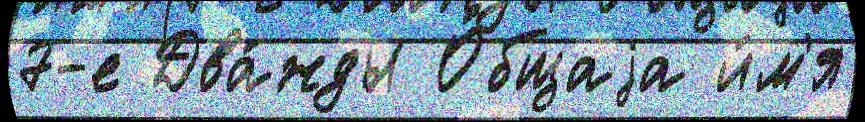
7-е Два́жды О́бщаjа и́м'я